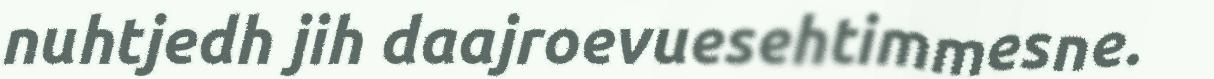
nuhtjedh jih daajroevuesehtimmesne.